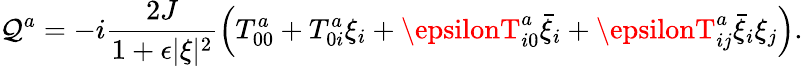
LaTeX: \mathcal{Q}^{a}=-i\frac{{2J}}{{1+\epsilon\vert\xi\vert^{2}}}\left(T_{00}^{a}+T_{0i}^{a}\xi_{i}+\epsilonT_{i0}^{a}\bar{{\xi}}_{i}+\epsilonT_{ij}^{a}\bar{{\xi}}_{i}\xi_{j}\right).